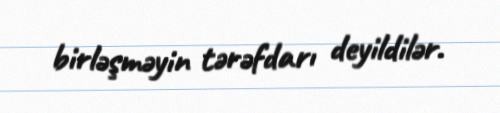
birləşməyin tərəfdarı deyildilər.